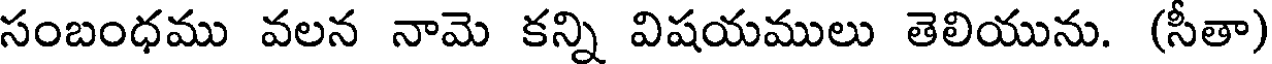
సంబంధము వలన నామె కన్ని విషయములు తెలియును. (సీతా)